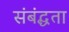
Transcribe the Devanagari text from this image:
संबंद्धता